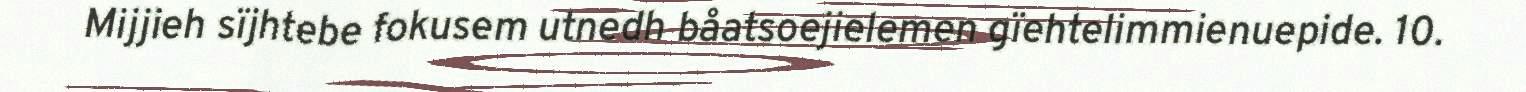
Mijjieh sïjhtebe fokusem utnedh båatsoejielemen gïehtelimmienuepide. 10.